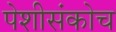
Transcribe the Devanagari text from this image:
पेशीसंकोच